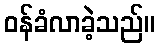
ဝန်ခံလာခဲ့သည်။